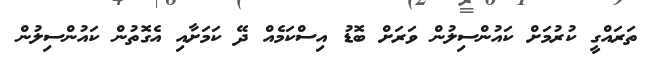
ތަރައްގީ ކުރުމަށް ކައުންސިލުން ވަރަށް ބޮޑު އިސްކަމެއް ދޭ ކަމަށާއި އެގޮތުން ކައުންސިލުން